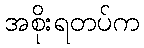
အစိုးရတပ်က